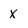
Character: x